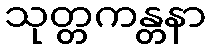
သုတ္တကန္တနာ